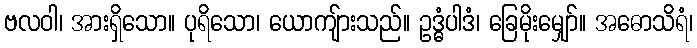
ဗလဝါ၊ အားရှိသော။ ပုရိသော၊ ယောကျ်ားသည်။ ဥဒ္ဓံပါဒံ၊ ခြေမိုးမျှော်။ အဓောသိရံ၊